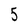
Character: 5